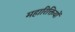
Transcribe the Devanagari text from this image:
महारिक्तियों